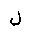
Letter: _lam